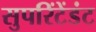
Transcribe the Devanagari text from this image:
सुपरिंटेंडंट